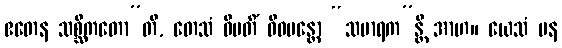
ဧတေန သစ္ဆိကတော”တိ, တေသံ ဝိမတိံ ဝိဓမန္တော “သမာရက”န္တိ အာဟ။ ယေသံ ပန